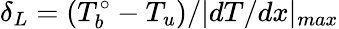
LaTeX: \delta_{L}=(T_{b}^{\circ}-T_{u})/|dT/dx|_{max}